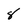
Character: 8